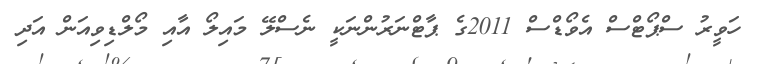
ހަވީރު ސްޕޯޓްސް އެވޯޑްސް 2011ގެ ޕާޓްނަރުންނަކީ ނެސްލޭ މައިލޯ އާއި މޯލްޑިވިއަން އަދި